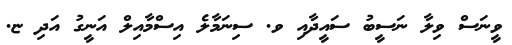
ވީނަސް ވިލާ ނަސީބު ސައީދާއި ވ. ސިނަމާލެ އިސްމާއިލް އަނީގު އަދި ޏ.